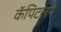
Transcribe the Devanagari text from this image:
कॅपिटलने